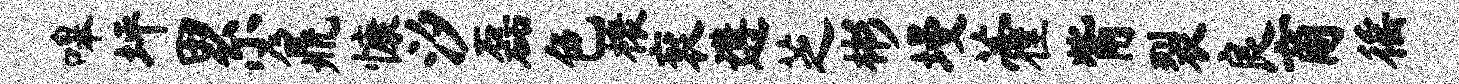
嗥坪累鼐慷汐磊色榱衮遘芝彬墁藿觜裂良商徭